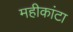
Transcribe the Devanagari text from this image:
महीकांटा